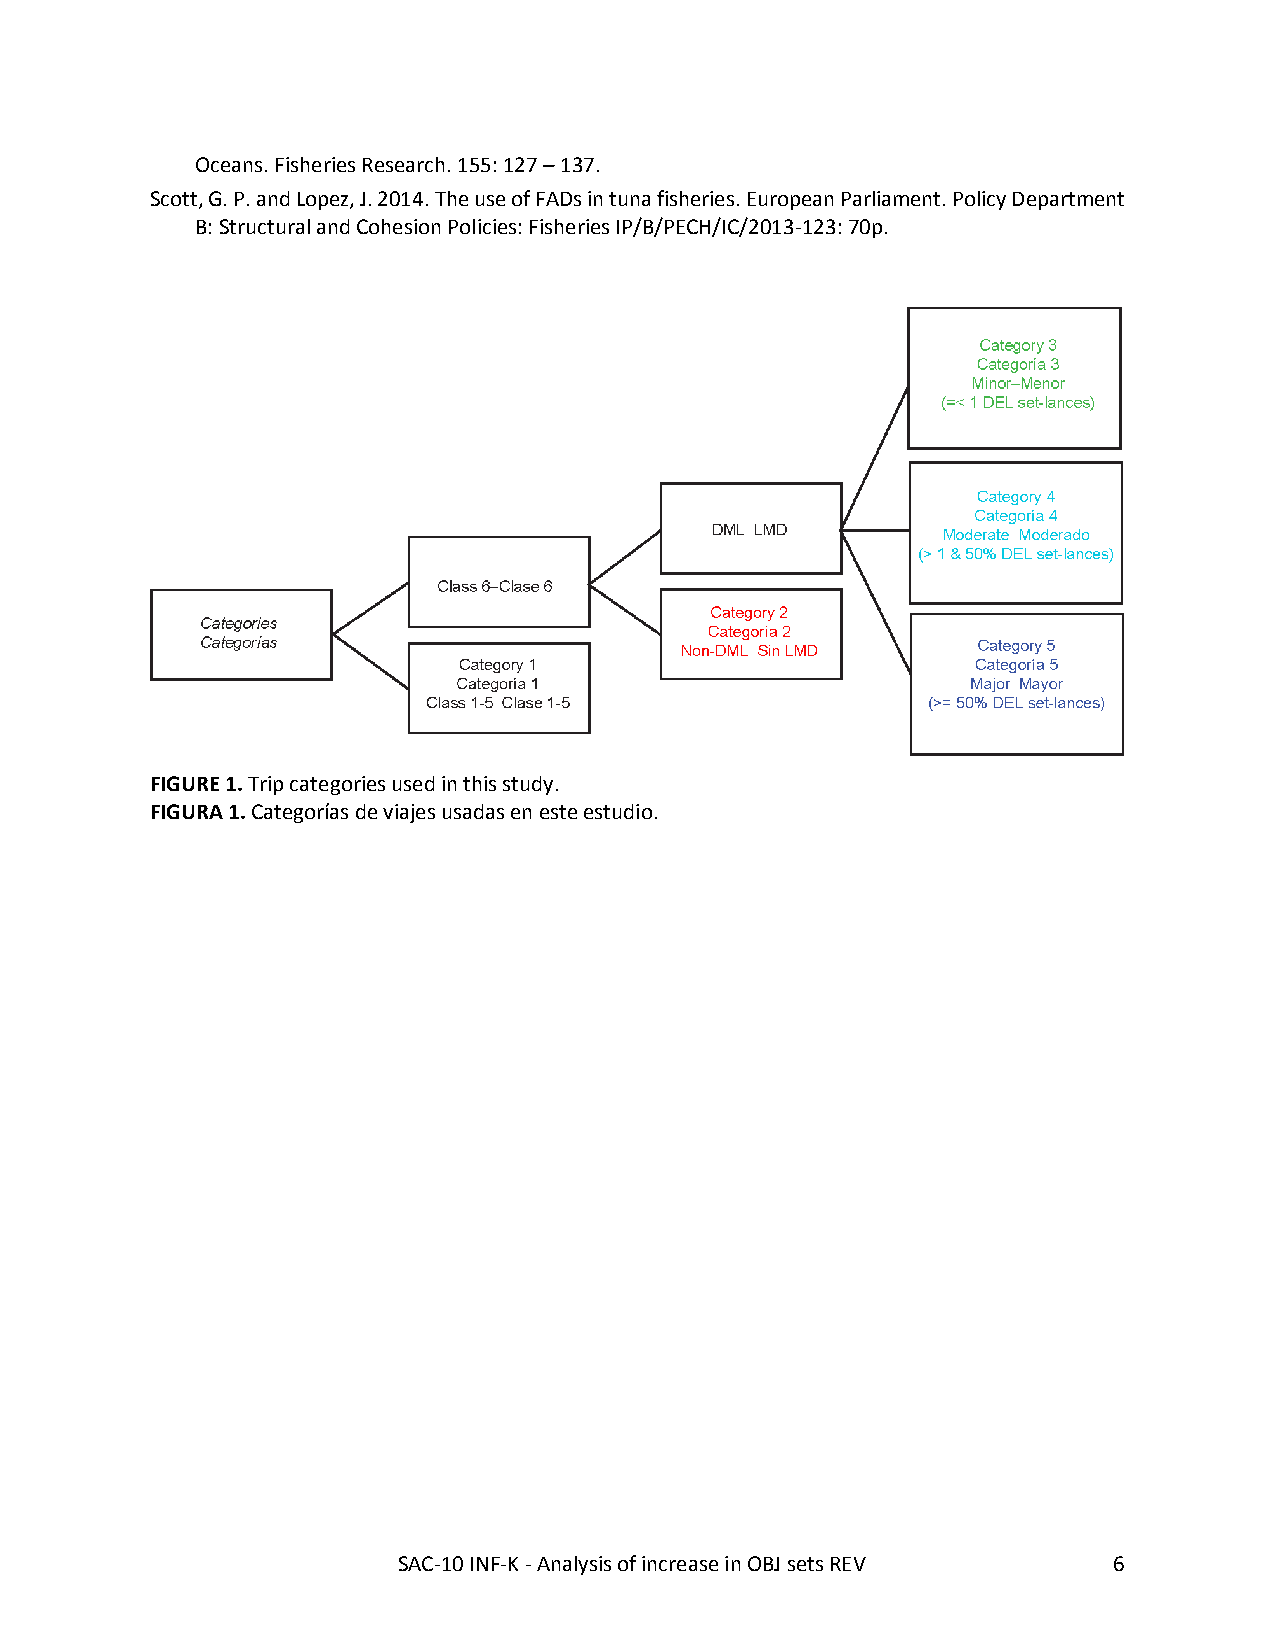
Oceans. Fisheries Research. 155: 127 – 137.
 Scott, G. P. and Lopez, J. 2014. The use of FADs in tuna fisheries. European Parliament. Policy Department
 B: Structural and Cohesion Policies: Fisheries IP/B/PECH/IC/2013-123: 70p.
 FIGURE 1. Trip categories used in this study.
 FIGURA 1. Categorías de viajes usadas en este estudio.
 SAC-10 INF-K - Analysis of increase in OBJ sets REV 6